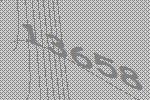
13658